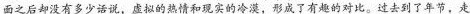
面之后却没有多少话说，虚拟的热情和现实的冷漠，形成了有趣的对比。过去到了年节，走